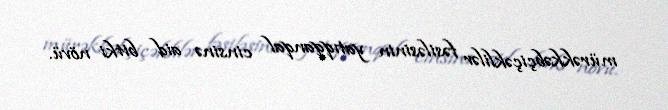
mürəkkəbçiçəklilər fəsiləsinin yatıqqanqal cinsinə aid bitki növü.